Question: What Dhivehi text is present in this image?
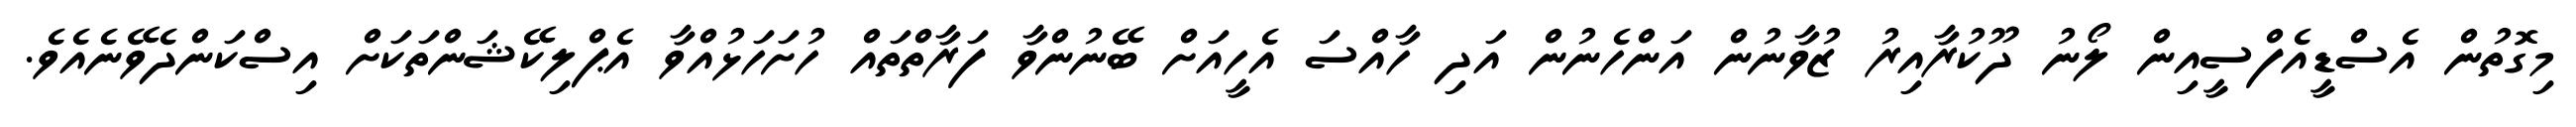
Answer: މިގޮތުން އެސްޑީއެފްސީއިން ލޯނު ދޫކުރާއިރު ޒުވާނުން އަންހެނުން އަދި ހާއްސަ އެހީއަށް ބޭނުންވާ ފަރާތްތައް ހުށަހަޅުއްވާ އެޕްލިކޭޝަންތަކަށް އިސްކަންދެވޭނެއެވެ.